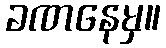
ခဏနေမှ။